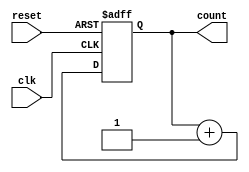
module async_counter #(parameter N = 4) (
    input wire clk,         // Clock input
    input wire reset,       // Asynchronous reset
    output reg [N-1:0] count // N-bit output for the counter
);

// Asynchronous reset and counter logic
always @(posedge clk or posedge reset) begin
    if (reset) begin
        count <= 0; // Reset counter to 0
    end else begin
        // Counter logic
        count <= count + 1; // Increment the counter
    end
end

endmodule